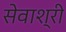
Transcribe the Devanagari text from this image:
सेवाश्री